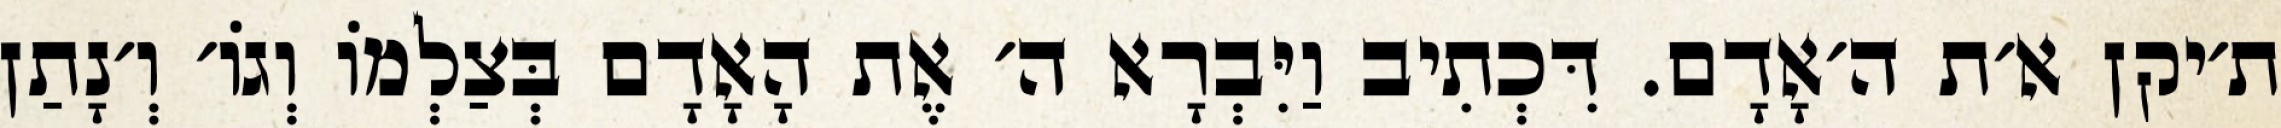
ת׳יקן א׳ת ה׳אָדָם. דִּכְתִיב וַיִּבְרָא ה׳ אֶת הָאָדָם בְּצַלְמוֹ וְגוֹ׳ וְ׳נָתַן